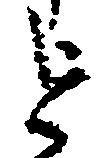
を